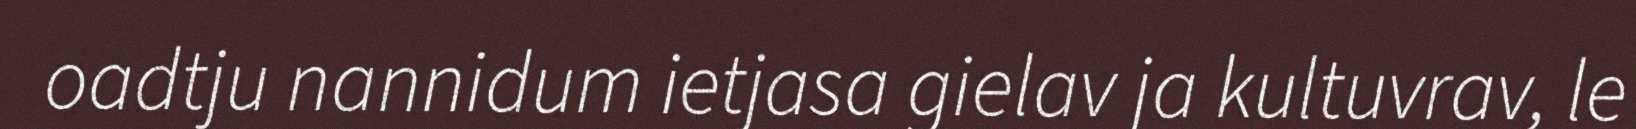
oadtju nannidum ietjasa gielav ja kultuvrav, le